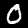
Label: 0